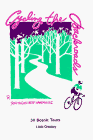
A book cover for Cycling the Backroads of Southern New Hampshire: 30 Scenic Tours; Linda Chestney; Travel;